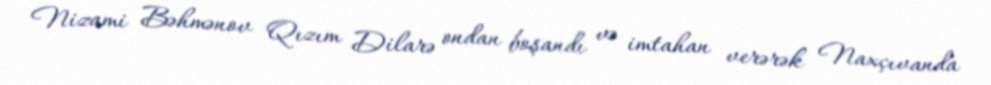
Nizami Bəhmənov Qızım Dilarə ondan boşandı və imtahan verərək Naxçıvanda